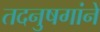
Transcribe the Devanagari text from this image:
तदनुषगांने